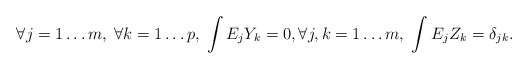
\begin{align*} \forall j=1\ldots m,\; \forall k=1\ldots p, \;\int E_jY_k=0,\forall j,k=1\ldots m,\; \int E_jZ_k=\delta_{jk}.\end{align*}